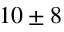
1 0 \pm 8